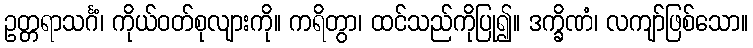
ဥတ္တရာသင်္ဂံ၊ ကိုယ်ဝတ်စုလျားကို။ ကရိတွာ၊ ထင်သည်ကိုပြု၍။ ဒက္ခိဏံ၊ လကျာ်ဖြစ်သော။